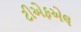
ટીએફએલ